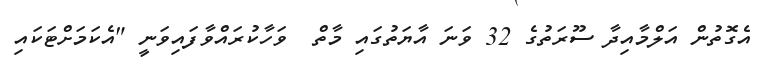
އެގޮތުން އަލްމާއިދާ ސޫރަތުގެ 32 ވަނަ އާޔަތުގައި މާތް  ވަހާކުރައްވާފައިވަނީ "އެކަމަށްޓަކައި